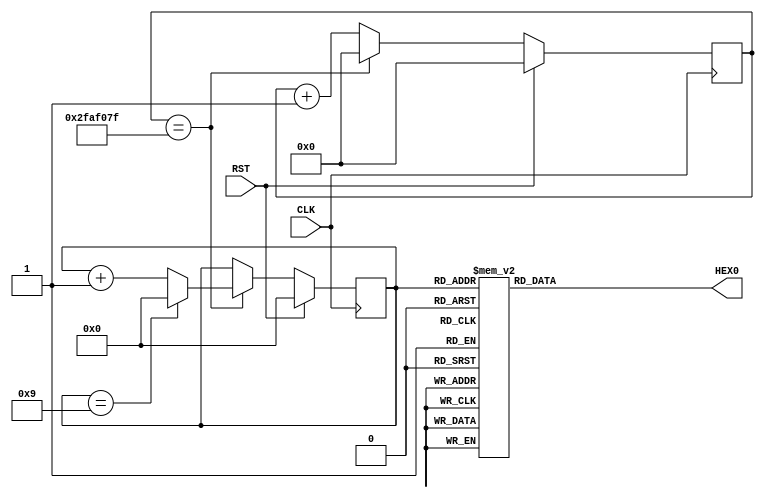
module SEC10(
        input CLK, RST,
        output reg [6:0] HEX0
    );

    /* 1Hz(: 50MHz) */

    reg [25:0] cnt;
    wire en1hz = (cnt == 26'd49_999_999); //  50MHz / 50_000_000 = 1Hz

    always @( posedge CLK ) begin
        if ( RST )
            cnt <= 26'b0;
        else if (en1hz) // 
            cnt <= 26'b0;
        else
            cnt <= cnt + 26'b1;
    end

    /* 10 (1) */
    reg [3:0] sec;

    always @( posedge CLK ) begin
        if ( RST )
            sec <= 4'h0;
        else if (en1hz)
            if ( sec == 4'h9 )
                sec <= 4'h0;
            else
                sec <= sec + 4'h1;
    end

    /* 7 */
    /* gfedcba0 */
    always @* begin
        case ( sec )
            4'h0: HEX0 = 7'b100_0000;
            4'h1: HEX0 = 7'b111_1001;
            4'h2: HEX0 = 7'b010_0100;
            4'h3: HEX0 = 7'b011_0000;
            4'h4: HEX0 = 7'b001_1001;
            4'h5: HEX0 = 7'b001_0010;
            4'h6: HEX0 = 7'b000_0010;
            4'h7: HEX0 = 7'b111_1000;
            4'h8: HEX0 = 7'b000_0000;
            4'h9: HEX0 = 7'b001_0000;
            default: HEX0 = 7'bxxxxxxx;
        endcase
    end
endmodule